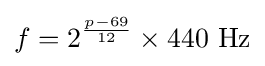
f=2^{\frac {p-69}{12}}\times 440{\text{ Hz}}